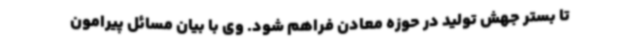
تا بستر جهش تولید در حوزه معادن فراهم شود. وی با بیان مسائل پیرامون